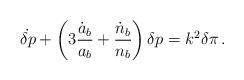
LaTeX: \begin{align*}\dot{\delta p} + \left( 3{\dot{a}_b\over a_b} + {\dot{n}_b\over n_b} \right)\delta p = k^2 \delta\pi \,.\end{align*}